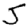
Digit: 5